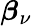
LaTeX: {{\boldsymbol\beta}}_{\nu}